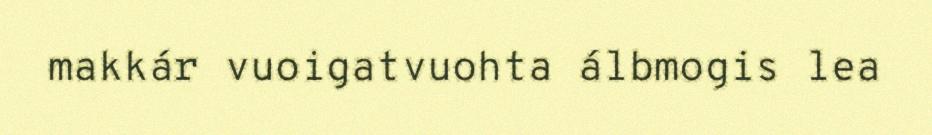
makkár vuoigatvuohta álbmogis lea